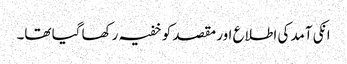
انکی آمد کی اطلاع اور مقصد کو خفیہ رکھا گیا تھا۔